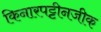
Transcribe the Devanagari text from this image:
किनारपट्टीनजीक